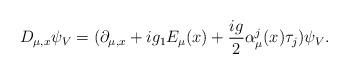
LaTeX: \begin{align*} D_{\mu,x}\psi_{V} =(\partial_{\mu,x} +ig_{1}E_{\mu}(x)+\frac{ig}{2}\alpha^{j}_{\mu}(x)\tau_{j})\psi_{V}.\end{align*}